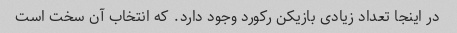
در اینجا تعداد زیادی بازیکن رکورد وجود دارد. که انتخاب آن سخت است